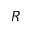
R